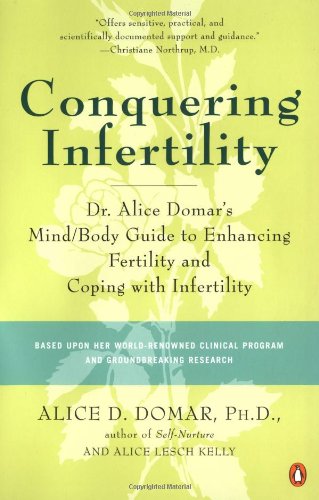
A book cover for Conquering Infertility: Dr. Alice Domar's Mind/Body Guide to Enhancing Fertility and Coping with Inferti lity; Alice D. Domar; Parenting & Relationships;